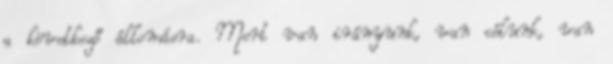
a következő állomásra. Mert van irányunk, van célunk, van